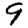
Digit: 9